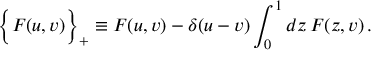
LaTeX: \Big \{ F ( u , v ) \Big \} _ { + } \equiv F ( u , v ) - \delta ( u - v ) \int _ { 0 } ^ { 1 } d z \, F ( z , v ) \, .